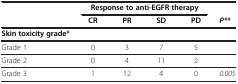
<table><thead><tr><td><b> </b></td><td colspan="4"><b>Response to anti-EGFR therapy</b></td><td><b> </b></td></tr><tr><td><b> </b></td><td><b>CR</b></td><td><b>PR</b></td><td><b>SD</b></td><td><b>PD</b></td><td><b><i>P**</i></b></td></tr></thead><tbody><tr><td><b>Skin toxicity grade*</b></td><td> </td><td> </td><td> </td><td> </td><td> </td></tr><tr><td>Grade 1</td><td>0</td><td>3</td><td>7</td><td>5</td><td> </td></tr><tr><td>Grade 2</td><td>0</td><td>4</td><td>11</td><td>2</td><td> </td></tr><tr><td>Grade 3</td><td>1</td><td>12</td><td>4</td><td>0</td><td><i>0.005</i></td></tr></tbody></table>